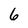
Character: 6